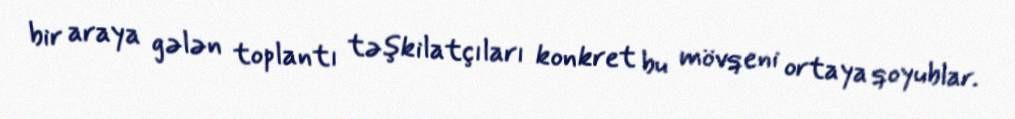
bir araya gələn toplantı təşkilatçıları konkret bu mövqeni ortaya qoyublar.